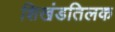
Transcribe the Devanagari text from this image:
शिखंडतिलक